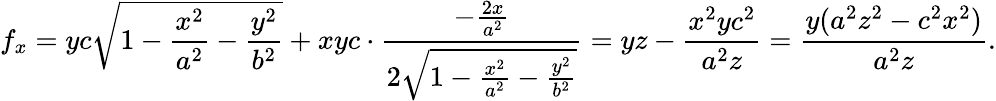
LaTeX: f_{x}=yc\sqrt{1-\frac{x^{2}}{a^{2}}-\frac{y^{2}}{b^{2}}}+xyc\cdot\frac{-\frac{2x}{a^{2}}}{2\sqrt{1-\frac{x^{2}}{a^{2}}-\frac{y^{2}}{b^{2}}}}=yz-\frac{x^{2}yc^{2}}{a^{2}z}=\frac{y(a^{2}z^{2}-c^{2}x^{2})}{a^{2}z}.